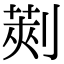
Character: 𠞦